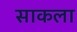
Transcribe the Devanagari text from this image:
साकला